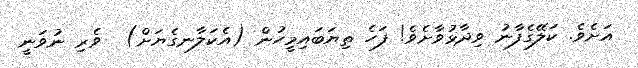
އަށެވެ. ކަލޭގެފާނު ވިދާޅުވާށެވެ! ފަހެ ތިޔަބައިމީހުން (އެކަލާނގެޔަށް)  ވެރި ނުވަނީ